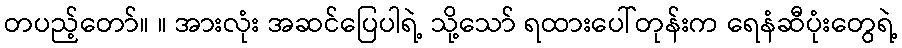
တပည့်တော်။ ။ အားလုံး အဆင်ပြေပါရဲ့ သို့သော် ရထားပေါ်တုန်းက ရေနံဆီပုံးတွေရဲ့